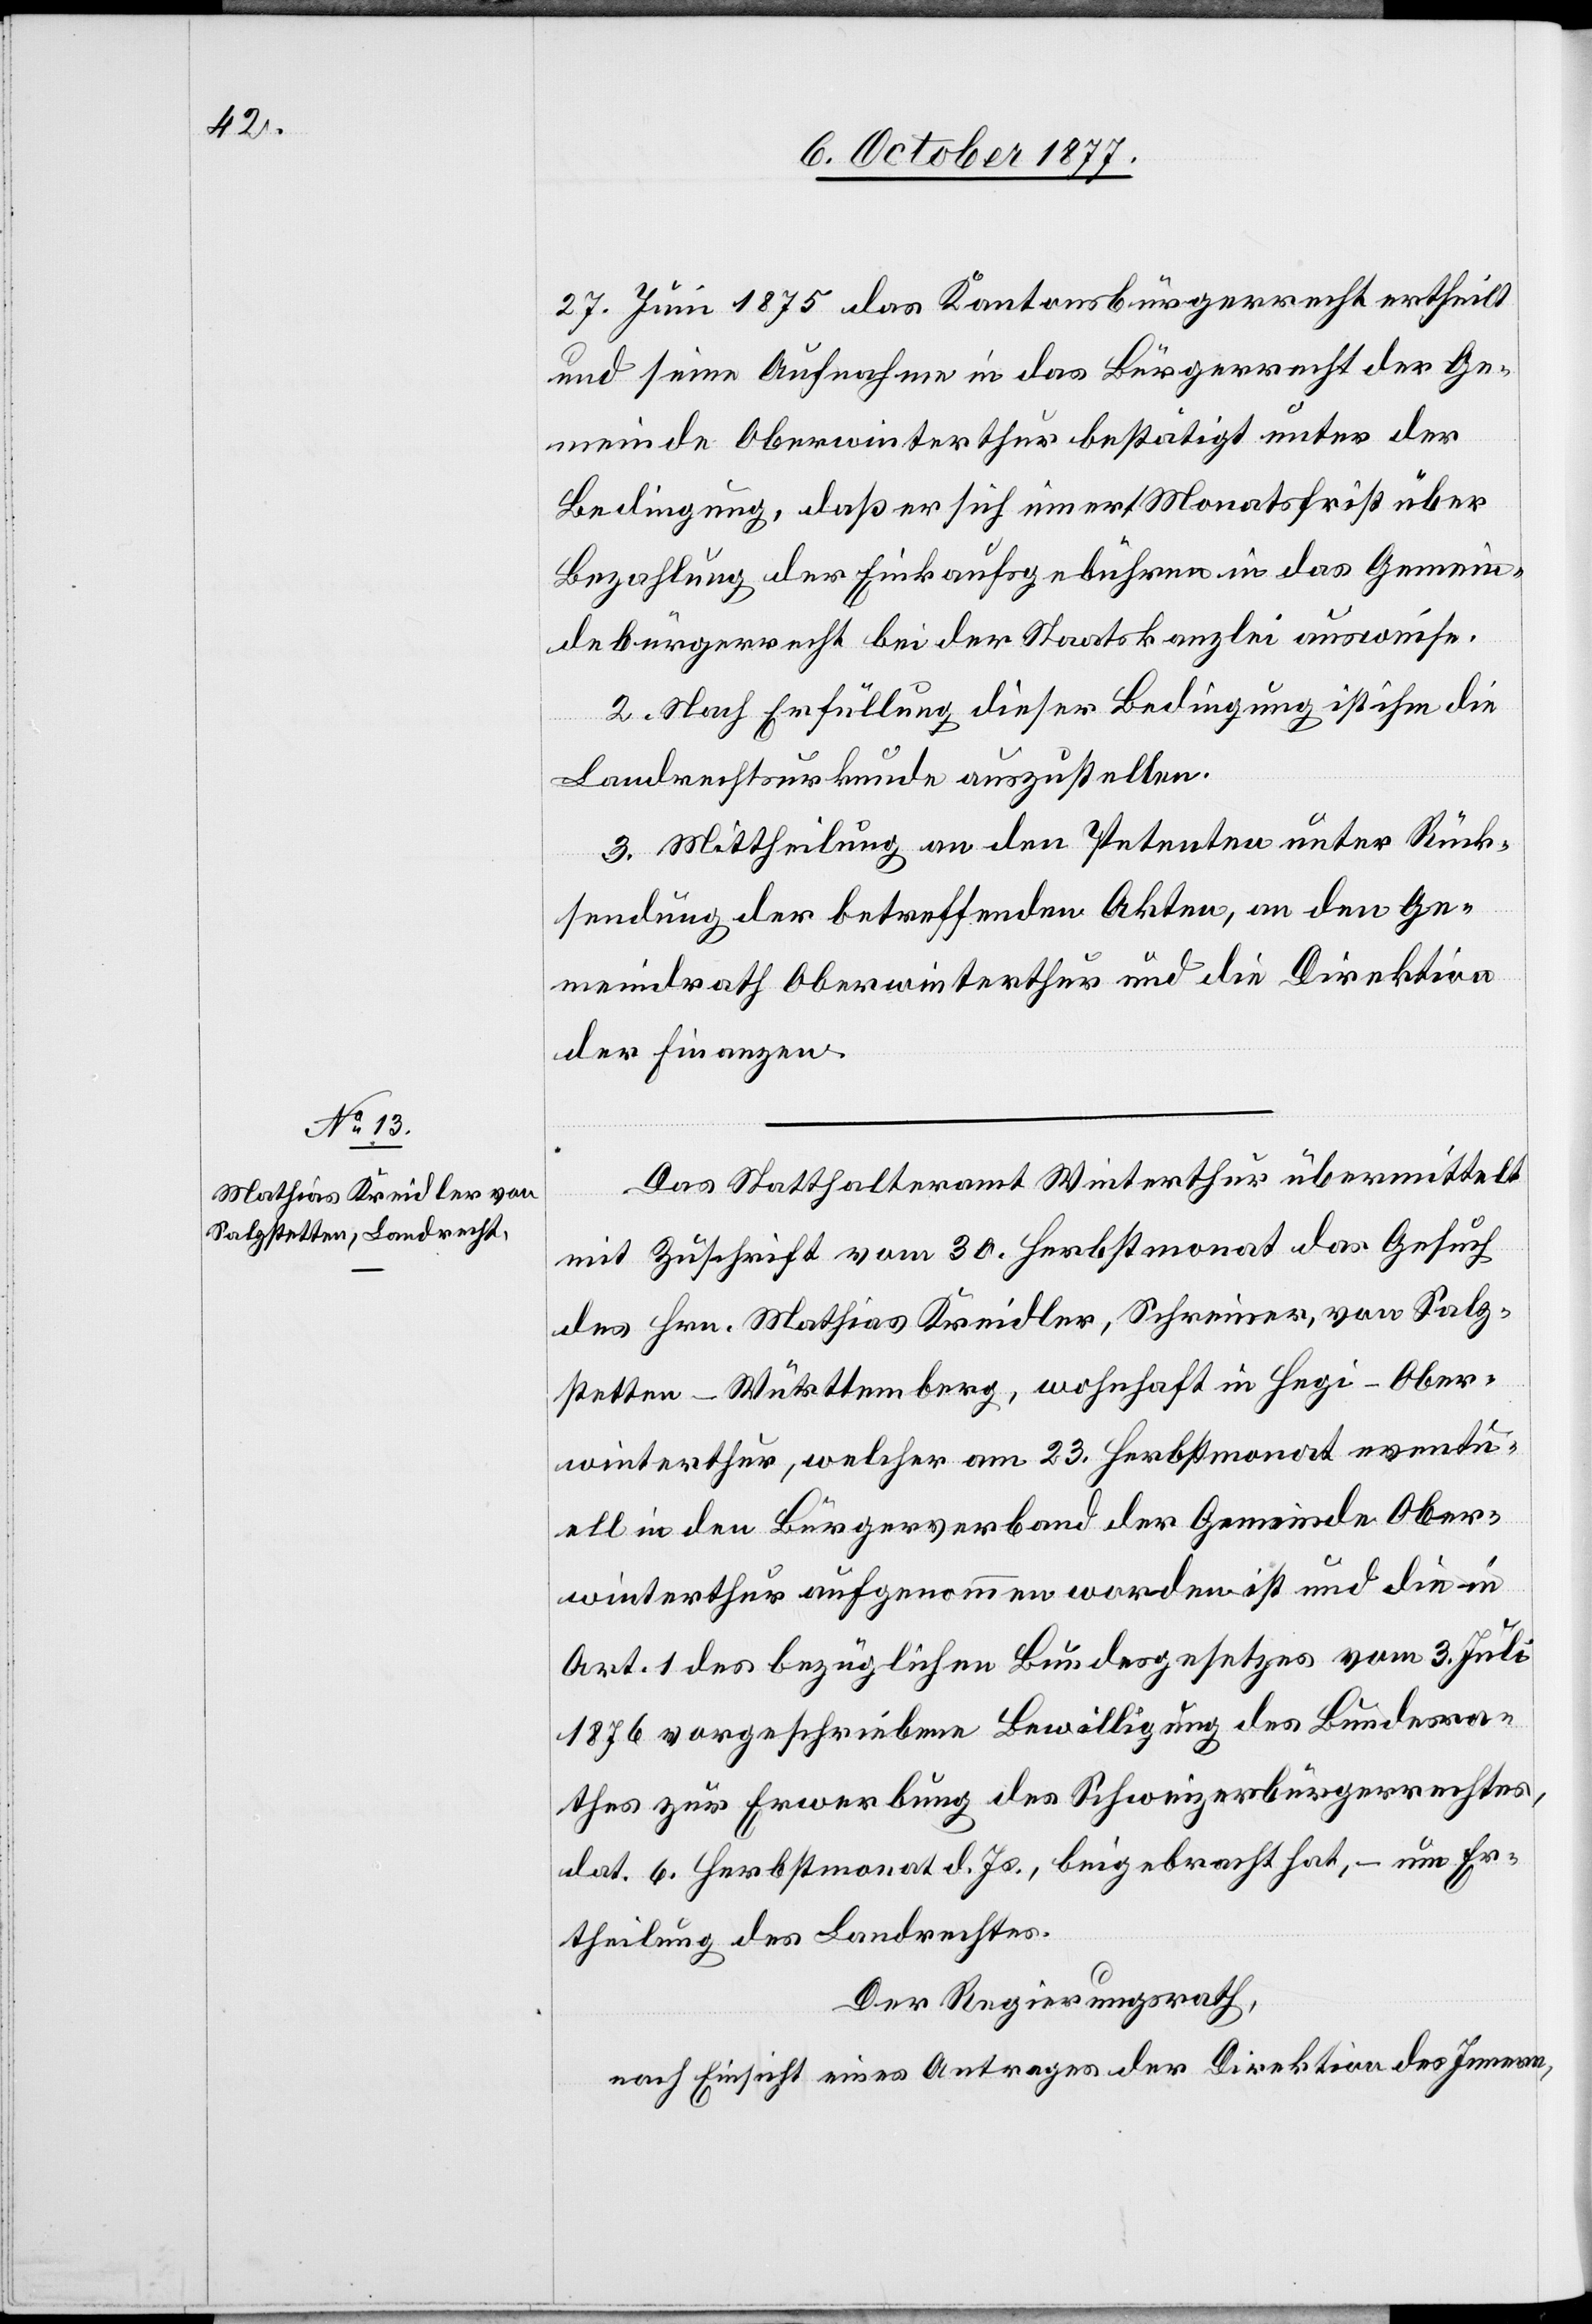
27. Juni 1875 das Kantonsbürgerrecht ertheilt
und seine Aufnahme in das Bürgerrecht der Ge¬
meinde Oberwinterthur bestätigt unter der
Bedingung, daß er sich innert Monatsfrist über
Bezahlung der Einkaufsgebühren in das Gemein¬
debürgerrecht bei der Staatskanzlei ausweise.
2. Nach Erfüllung dieser Bedingung ist ihm die
Landrechtsurkunde auszustellen.
3. Mittheilung an den Petenten unter Rück¬
sendung der betreffenden Akten, an den Ge¬
meindrath Oberwinterthur und die Direktion
der Finanzen.
Das Statthalteramt Winterthur übermittelt
mit Zuschrift vom 30. Herbstmonat das Gesuch
des Hrn. Mathias Kreidler, Schreiner, von Salz¬
stetten - Württemberg, wohnhaft in Hegi - Ober¬
winterthur, welcher am 23. Herbstmonat eventu¬
ell in den Bürgerverband der Gemeinde Ober¬
winterthur aufgenommen worden ist und die in
Art. 1 des bezüglichen Bundesgesetzes vom 3. Juli
1876 vorgeschriebene Bewilligung des Bundesra¬
thes zur Erwerbung des Schweizerbürgerrechtes,
dat. 6. Herbstmonat d. Js., beigebracht hat, – um Er¬
theilung des Landrechtes.
Der Regierungsrath,
nach Einsicht eines Antrages der Direktion des Innern,